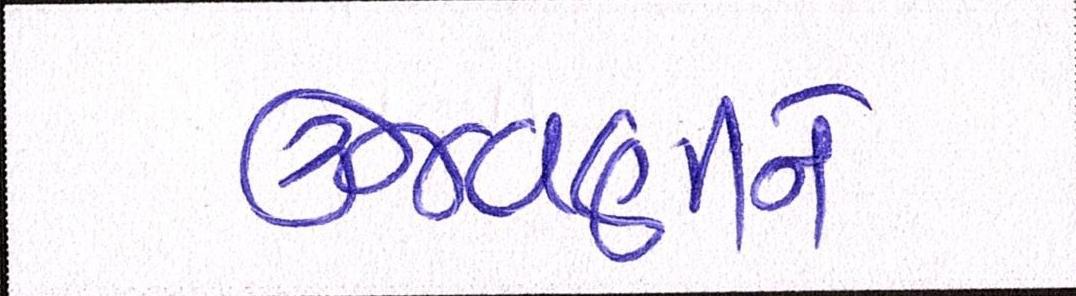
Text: ઉજવણીને